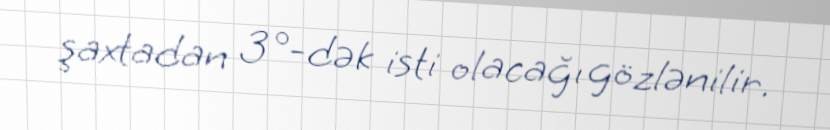
şaxtadan 3°-dək isti olacağı gözlənilir.